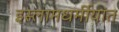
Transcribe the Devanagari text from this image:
इस्लामधर्मीयांत